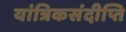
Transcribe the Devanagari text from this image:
यांत्रिकसंदीप्ति